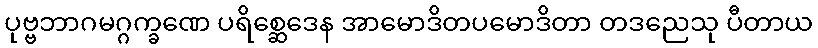
ပုဗ္ဗဘာဂမဂ္ဂက္ခဏေ ပရိစ္ဆေဒေန အာမောဒိတပမောဒိတာ တဒညေသု ပီတာယ